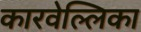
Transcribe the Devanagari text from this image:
कारवेल्लिका